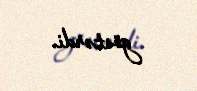
göstərdi.